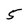
Character: 5